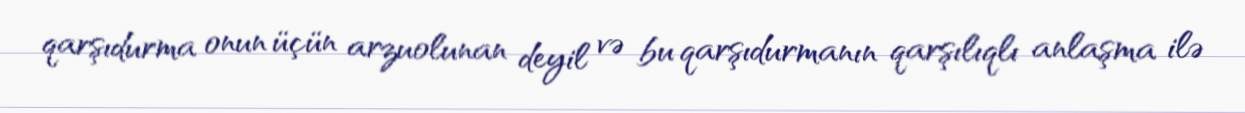
qarşıdurma onun üçün arzuolunan deyil və bu qarşıdurmanın qarşılıqlı anlaşma ilə